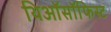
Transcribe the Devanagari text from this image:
थिऑसॉफिस्ट